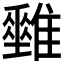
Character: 𩁅